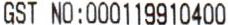
GST NO:000119910400